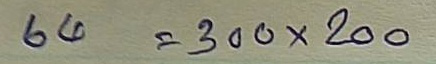
64 = 300 x 200